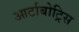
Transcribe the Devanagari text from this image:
आर्टाबोट्रिस